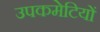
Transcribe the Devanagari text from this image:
उपकमेटियों